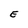
Character: E